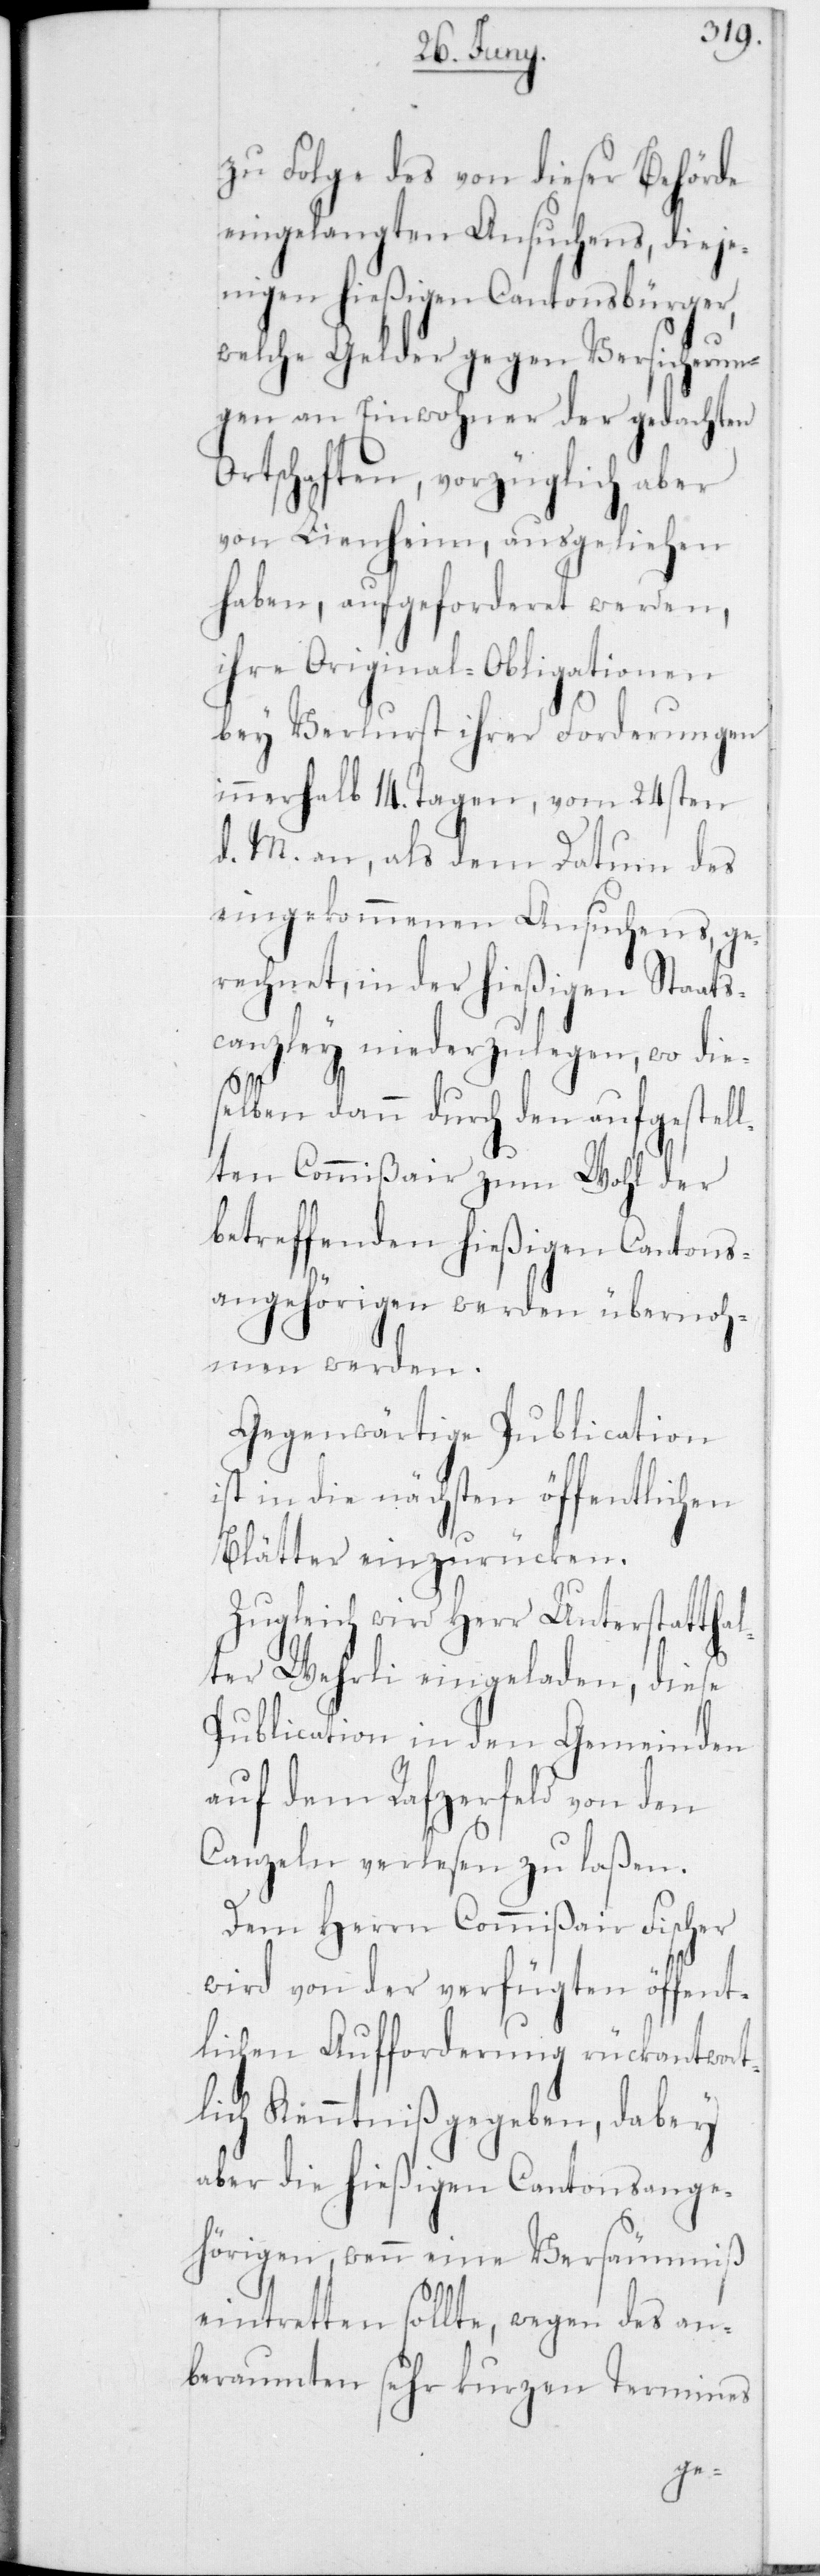
zu Folge des von dieser Behörde
eingelangten Ansuchens, dieje¬
nigen hießigen Cantonsbürger,
welche Gelder gegen Versicherun¬
gen an Einwohner der gedachten
Ortschaften, vorzüglich aber
von Lienheim, ausgeliehen
haben, aufgeforderet werden,
ihre Original-Obligationen
bey Verlust ihrer Forderungen
innerhalb 14 Tagen, vom 24sten
d. M. an, als dem Datum des
eingekommenen Ansuchens, ge¬
rechnet, in der hießigen Staats¬
canzley niederzulegen, wo die¬
selben dann durch den aufgestell¬
ten Commißair zum Wohl der
betreffenden hießigen Cantons¬
angehörigen werden übernoh¬
men werden.
Gegenwärtige Publication
ist in die nächsten öffentlichen
Blätter einzurücken.
Zugleich wird Herr Unterstatthal¬
ter Wehrli eingeladen, diese
Publication in den Gemeinden
auf dem Rafzerfeld von den
Canzeln verlesen zu laßen.
Dem Herrn Commißair Fischer
wird von der verfügten öffent¬
lichen Aufforderung rückantwort¬
lich Kenntniß gegeben, dabey
aber die hießigen Cantonsange¬
hörigen, wenn eine Versäumniß
eintretten sollte, wegen des an¬
beraumten sehr kurzen Termines